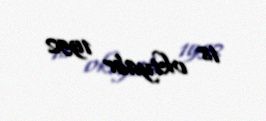
18 oktyabr 1952